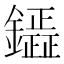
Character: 𮣟